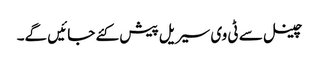
چینل سے ٹی وی سیریل پیش کئے جائیں گے۔